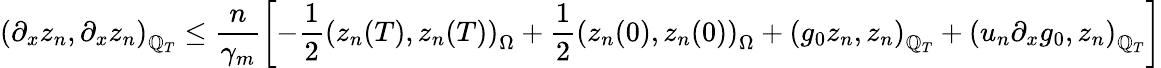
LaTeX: \left(\partial_{x}z_{n},\partial_{x}z_{n}\right)_{\mathbb{Q}_{T}}\leq\frac{{n}}{{\gamma_{m}}}\left[-\frac{{1}}{{2}}\left(z_{n}(T),z_{n}(T)\right)_{\Omega}+\frac{{1}}{{2}}\left(z_{n}(0),z_{n}(0)\right)_{\Omega}+\left(g_{0}z_{n},z_{n}\right)_{\mathbb{Q}_{T}}+\left(u_{n}\partial_{x}g_{0},z_{n}\right)_{\mathbb{Q}_{T}}\right]